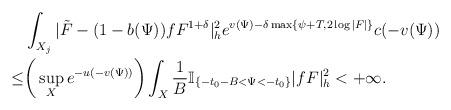
LaTeX: \begin{align*}&\int_{X_j}|\tilde{F}-(1-b(\Psi))fF^{1+\delta}|_{h}^2e^{v(\Psi)-\delta \max\{\psi+T,2\log|F|\}}c(-v(\Psi))\\\le &\bigg(\sup_{X}e^{-u(-v(\Psi))}\bigg)\int_{X}\frac{1}{B}\mathbb{I}_{\{-t_0-B<\Psi<-t_0\}} |fF|^2_h<+\infty.\end{align*}